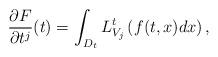
LaTeX: \begin{align*} \frac{\partial F}{\partial t^j}(t)=\int_{D_t}L^t_{V_j}\left(f(t,x)dx\right),\end{align*}